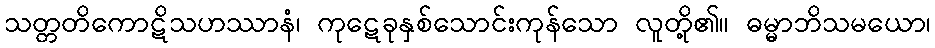
သတ္တတိကောဋိသဟဿာနံ၊ ကုဋေခုနှစ်သောင်းကုန်သော လူတို့၏။ ဓမ္မာဘိသမယော၊